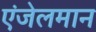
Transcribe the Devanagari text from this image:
एंजेलमान